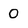
Character: 0